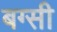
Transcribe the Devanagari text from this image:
बग्सी